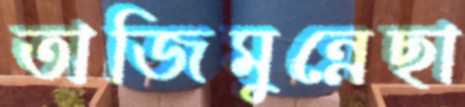
তাজিমুন্নেছা